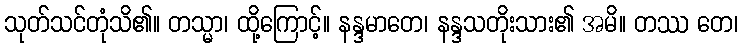
သုတ်သင်တုံသိ၏။ တသ္မာ၊ ထို့ကြောင့်။ နန္ဒမာတေ၊ နန္ဒသတိုးသား၏ အမိ။ တဿ တေ၊